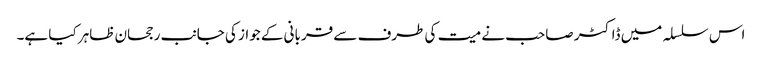
اس سلسلہ میں ڈاکٹر صاحب نے میت کی طرف سے قربانی کے جواز کی جانب رجحان ظاہر کیا ہے۔